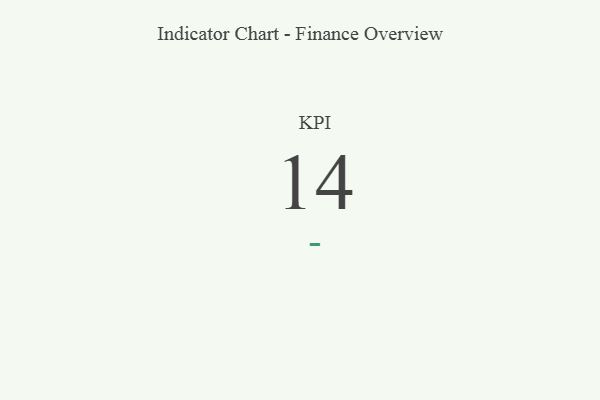
{"axis": {"x": "KPI", "y": "Value"}, "legend": [""], "data": [{"x": "KPI", "y": 14, "type": ""}]}